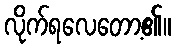
လိုက်ရလေတော့၏။